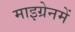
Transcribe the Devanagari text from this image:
माइग्रेनमें